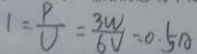
1 = \frac { P } { V } = \frac { 3 W } { 6 V } = 0 . 5 A